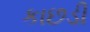
કાછડી